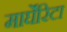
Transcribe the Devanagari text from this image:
मार्घेरिटा